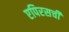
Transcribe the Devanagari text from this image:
एपिरसची